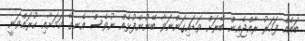
ބައެއް ފަހަރު ރާއްޖެއިން ބޭރަށް ވަޑައިގަންނަވާ ބޭނުންފުޅެއް ނުވެސް އެނގޭ ކަމަށާއި ކުރައްވަނީ